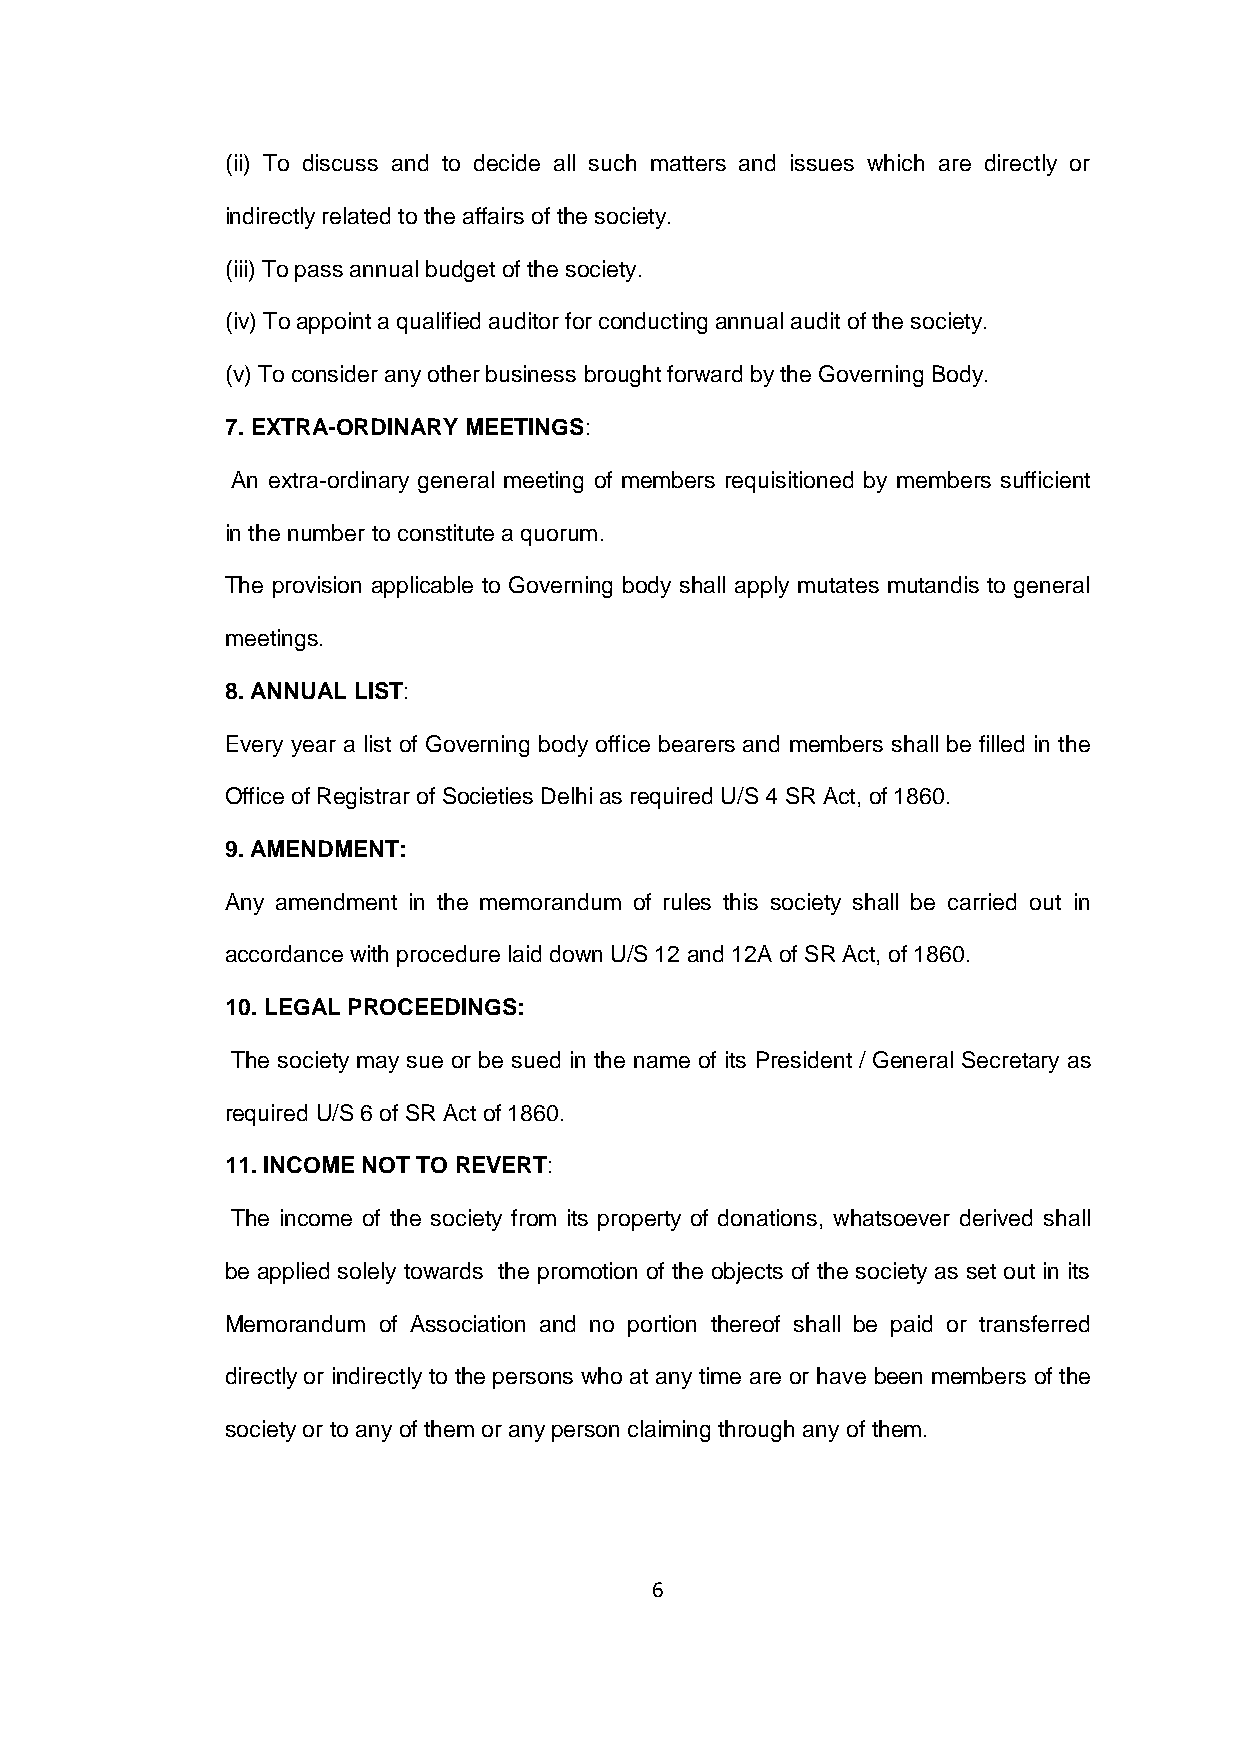
(ii) To discuss and to decide all such matters and issues which are directly or
 indirectly related to the affairs of the society.
 (iii) To pass annual budget of the society.
 (iv) To appoint a qualified auditor for conducting annual audit of the society.
 (v) To consider any other business brought forward by the Governing Body.
 7. EXTRA-ORDINARY MEETINGS:
 An extra-ordinary general meeting of members requisitioned by members sufficient
 in the number to constitute a quorum.
 The provision applicable to Governing body shall apply mutates mutandis to general
 meetings.
 8. ANNUAL LIST:
 Every year a list of Governing body office bearers and members shall be filled in the
 Office of Registrar of Societies Delhi as required U/S 4 SR Act, of 1860.
 9. AMENDMENT:
 Any amendment in the memorandum of rules this society shall be carried out in
 accordance with procedure laid down U/S 12 and 12A of SR Act, of 1860.
 10. LEGAL PROCEEDINGS:
 The society may sue or be sued in the name of its President / General Secretary as
 required U/S 6 of SR Act of 1860.
 11. INCOME NOT TO REVERT:
 The income of the society from its property of donations, whatsoever derived shall
 be applied solely towards the promotion of the objects of the society as set out in its
 Memorandum of Association and no portion thereof shall be paid or transferred
 directly or indirectly to the persons who at any time are or have been members of the
 society or to any of them or any person claiming through any of them.
 6